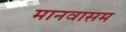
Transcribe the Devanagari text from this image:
मानवासम